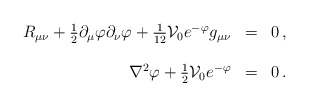
\begin{align*}\begin{array}{rcl}R_{\mu\nu} +\frac{1}{2}\partial_{\mu}\varphi\partial_{\nu}\varphi+\frac{1}{12}{\cal V}_{0}e^{-\varphi}g_{\mu\nu} & = & 0\, ,\\& & \\\nabla^{2}\varphi+\frac{1}{2}{\cal V}_{0}e^{-\varphi} & = & 0\, .\\\end{array}\end{align*}